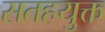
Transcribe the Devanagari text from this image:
सतहयुक्त